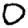
Digit: 0